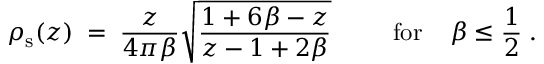
\rho _ { \mathrm { s } } ( z ) \; = \; { \frac { z } { 4 \pi \beta } } \sqrt { { \frac { 1 + 6 \beta - z } { z - 1 + 2 \beta } } } \; \; \; \; \; \; \; \; \; \mathrm { f o r } \; \; \; \; \beta \leq { \frac { 1 } { 2 } } \; .